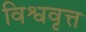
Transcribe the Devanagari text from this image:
विश्ववृत्त